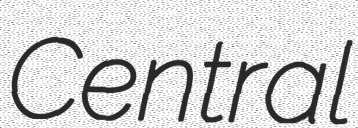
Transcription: Central